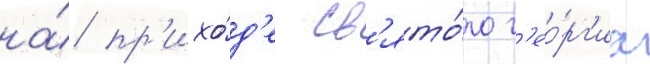
на́ пр'ихо́д'е св'ято́го г'ео́рг'иа